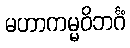
မဟာကမ္မဝိဘင်္ဂံ